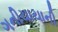
ગનીચાચાની